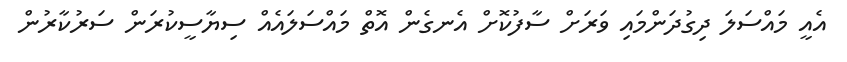
އެއީ މައްސަލަ ދިގުދަންމައި ވަރަށް ސާފުކޮށް އެނގެން އޮތް މައްސަލައެއް ސިޔާސީކުރަން ސަރުކާރުން